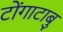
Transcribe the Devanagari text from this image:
टोंगाटाबु